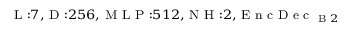
_ { \textrm { L } : 7 , \textrm { D } : 2 5 6 , \textrm { M L P } : 5 1 2 , \textrm { N H } : 2 , \textrm { E n c D e c } _ { \textrm { B } 2 } }